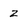
Character: Z